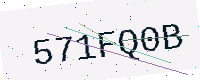
Text: 571FQ0B